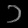
Digit: ၁